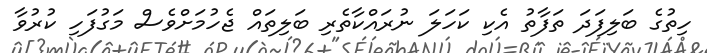
ހިތުގެ ބަލިފަދަ ތަފާތު އެކި ކަހަލަ ނުރައްކާތެރި ބަލިތައް ޖެހުމަށްވެސް މަގުފަހި ކުރުވާ